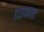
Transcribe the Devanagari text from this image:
डाइमन्ड